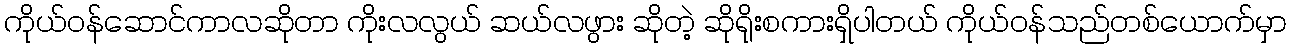
ကိုယ်ဝန်ဆောင်ကာလဆိုတာ ကိုးလလွယ် ဆယ်လဖွား ဆိုတဲ့ ဆိုရိုးစကားရှိပါတယ် ကိုယ်ဝန်သည်တစ်ယောက်မှာ